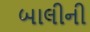
બાલીની